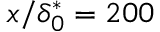
x / \delta _ { 0 } ^ { * } = 2 0 0